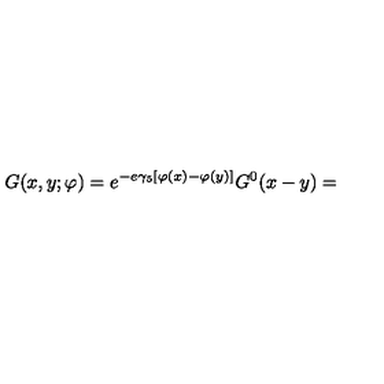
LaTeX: G ( x , y ; \varphi ) = e ^ { - e \gamma _ { 5 } [ \varphi ( x ) - \varphi ( y ) ] } G ^ { 0 } ( x - y ) =